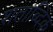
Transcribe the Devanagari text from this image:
शताब्दिक